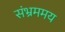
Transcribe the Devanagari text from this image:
संभ्रममय